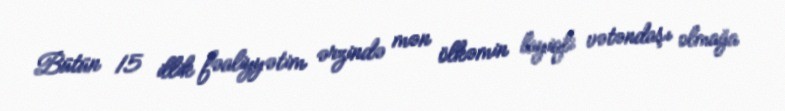
Bütün 15 illik fəaliyyətim ərzində mən ölkəmin layiqli vətəndaşı olmağa